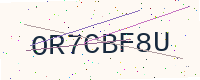
Text: OR7CBF8U